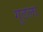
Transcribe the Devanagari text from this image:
गुठला